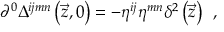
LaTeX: \partial ^ { 0 } \Delta ^ { i j m n } \left( \vec { z } , 0 \right) = - \eta ^ { i j } \eta ^ { m n } \delta ^ { 2 } \left( \vec { z } \right) \; \, ,